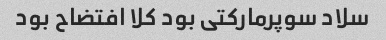
سلاد سوپرمارکتی بود کلا افتضاح بود